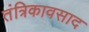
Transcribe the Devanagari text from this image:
तंत्रिकावसाद